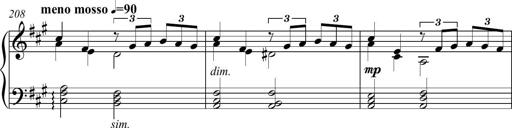
Title: Piano Sonatina in A major
Composer: Z Q Sysmoebius
Key: A major